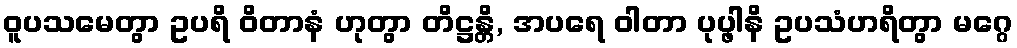
ဝူပသမေတွာ ဥပရိ ဝိတာနံ ဟုတွာ တိဋ္ဌန္တိ, အပရေ ဝါတာ ပုပ္ဖါနိ ဥပသံဟရိတွာ မဂ္ဂေ